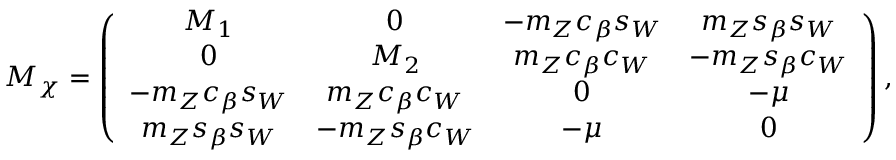
M _ { \chi } = \left( \begin{array} { c c c c } { { M _ { 1 } } } & { { 0 } } & { { - m _ { Z } c _ { \beta } s _ { W } } } & { { m _ { Z } s _ { \beta } s _ { W } } } \\ { { 0 } } & { { M _ { 2 } } } & { { m _ { Z } c _ { \beta } c _ { W } } } & { { - m _ { Z } s _ { \beta } c _ { W } } } \\ { { - m _ { Z } c _ { \beta } s _ { W } } } & { { m _ { Z } c _ { \beta } c _ { W } } } & { { 0 } } & { { - \mu } } \\ { { m _ { Z } s _ { \beta } s _ { W } } } & { { - m _ { Z } s _ { \beta } c _ { W } } } & { { - \mu } } & { { 0 } } \end{array} \right) ,